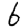
Digit: 6